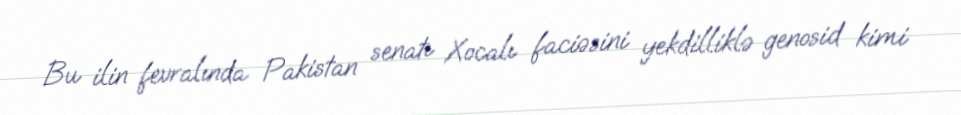
Bu ilin fevralında Pakistan senatı Xocalı faciəsini yekdilliklə genosid kimi